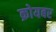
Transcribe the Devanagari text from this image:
क्रोयबर